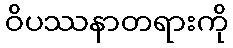
ဝိပဿနာတရားကို